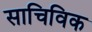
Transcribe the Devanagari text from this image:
साचिविक